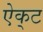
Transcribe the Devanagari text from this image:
ऐक्‌ट